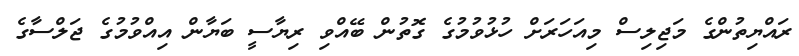
ރައްޔިތުންގެ މަޖިލިސް މިއަހަރަށް ހުޅުވުމުގެ ގޮތުން ބޭއްވި ރިޔާސީ ބަޔާން އިއްވުމުގެ ޖަލްސާގެ